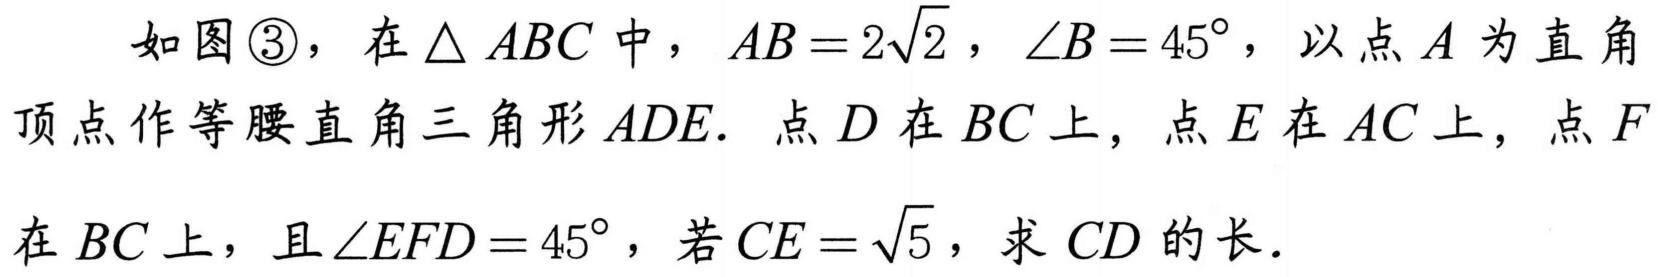
如图\textcircled{3}，在\(\triangle ABC\)中，\(AB = 2\sqrt{2}\)，\(\angle B = 45^{\circ}\)，以点\(A\)为直角顶点作等腰直角三角形\(ADE\). 点\(D\)在\(BC\)上，点\(E\)在\(AC\)上，点\(F\)在\(BC\)上，且\(\angle EFD = 45^{\circ}\)，若\(CE=\sqrt{5}\)，求\(CD\)的长.